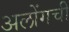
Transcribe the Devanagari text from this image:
अलोंगची